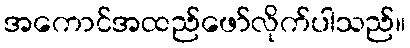
အကောင်အထည်ဖော်လိုက်ပါသည်။